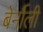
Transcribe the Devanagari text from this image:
बेर्नौली